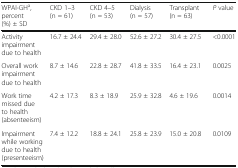
<table><thead><tr><td><b>WPAI-GH<sup>a</sup>, percent (%) ± SD</b></td><td><b>CKD 1–3 (n = 61)</b></td><td><b>CKD 4–5 (n = 53)</b></td><td><b>Dialysis (n = 57)</b></td><td><b>Transplant (n = 63)</b></td><td><b><i>P</i> value</b></td></tr></thead><tbody><tr><td>Activity impairment due to health</td><td>16.7 ± 24.4</td><td>29.4 ± 28.0</td><td>52.6 ± 27.2</td><td>30.4 ± 27.5</td><td>&lt;0.0001</td></tr><tr><td>Overall work impairment due to health</td><td>8.7 ± 14.6</td><td>22.8 ± 28.7</td><td>41.8 ± 33.5</td><td>16.4 ± 23.1</td><td>0.0025</td></tr><tr><td>Work time missed due to health (absenteeism)</td><td>4.2 ± 17.3</td><td>8.3 ± 18.9</td><td>25.9 ± 32.8</td><td>4.6 ± 19.6</td><td>0.0014</td></tr><tr><td>Impairment while working due to health (presenteeism)</td><td>7.4 ± 12.2</td><td>18.8 ± 24.1</td><td>25.8 ± 23.9</td><td>15.0 ± 20.8</td><td>0.0109</td></tr></tbody></table>